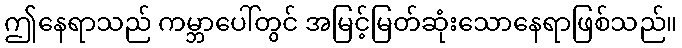
ဤနေရာသည် ကမ္ဘာပေါ်တွင် အမြင့်မြတ်ဆုံးသောနေရာဖြစ်သည်။